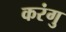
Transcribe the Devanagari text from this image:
करंगु